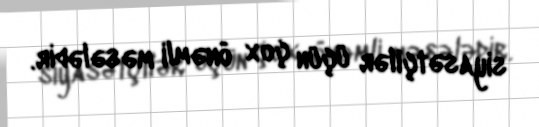
siyasətçilər üçün çox önəmli məsələdir.